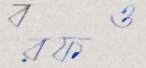
বরফও